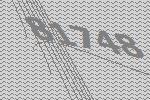
81748